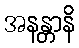
အနန္တာနိ